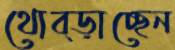
থোব্‌ড়াচ্ছেন